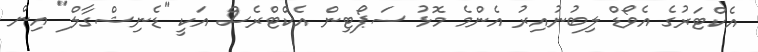
އެކްޓަރުގެ އެވޯޑް ލިބުނުއިރު އެންމެ މޮޅު ސަޕޯޓިން އެކްޓްރެސް އަކީ "ޑެނިޝްގާލް" އިން